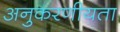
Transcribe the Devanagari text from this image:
अनुकरणीयता